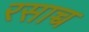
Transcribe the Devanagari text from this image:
रसाच्च